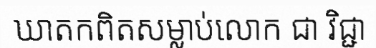
ឃាតកពិតសម្លាប់លោក ជា វិជ្ជា